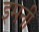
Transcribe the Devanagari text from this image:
इमनी